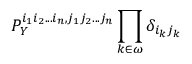
P _ { Y } ^ { i _ { 1 } i _ { 2 } . . . i _ { n } , j _ { 1 } j _ { 2 } . . . j _ { n } } \prod _ { k \in \omega } \delta _ { i _ { k } j _ { k } }